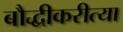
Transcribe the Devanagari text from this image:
बौद्धीकरीत्या